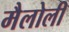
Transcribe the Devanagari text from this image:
मैलोली